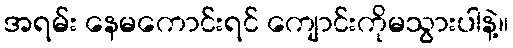
အရမ်း နေမကောင်းရင် ကျောင်းကိုမသွားပါနဲ့။